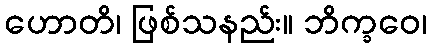
ဟောတိ၊ ဖြစ်သနည်း။ ဘိက္ခဝေ၊